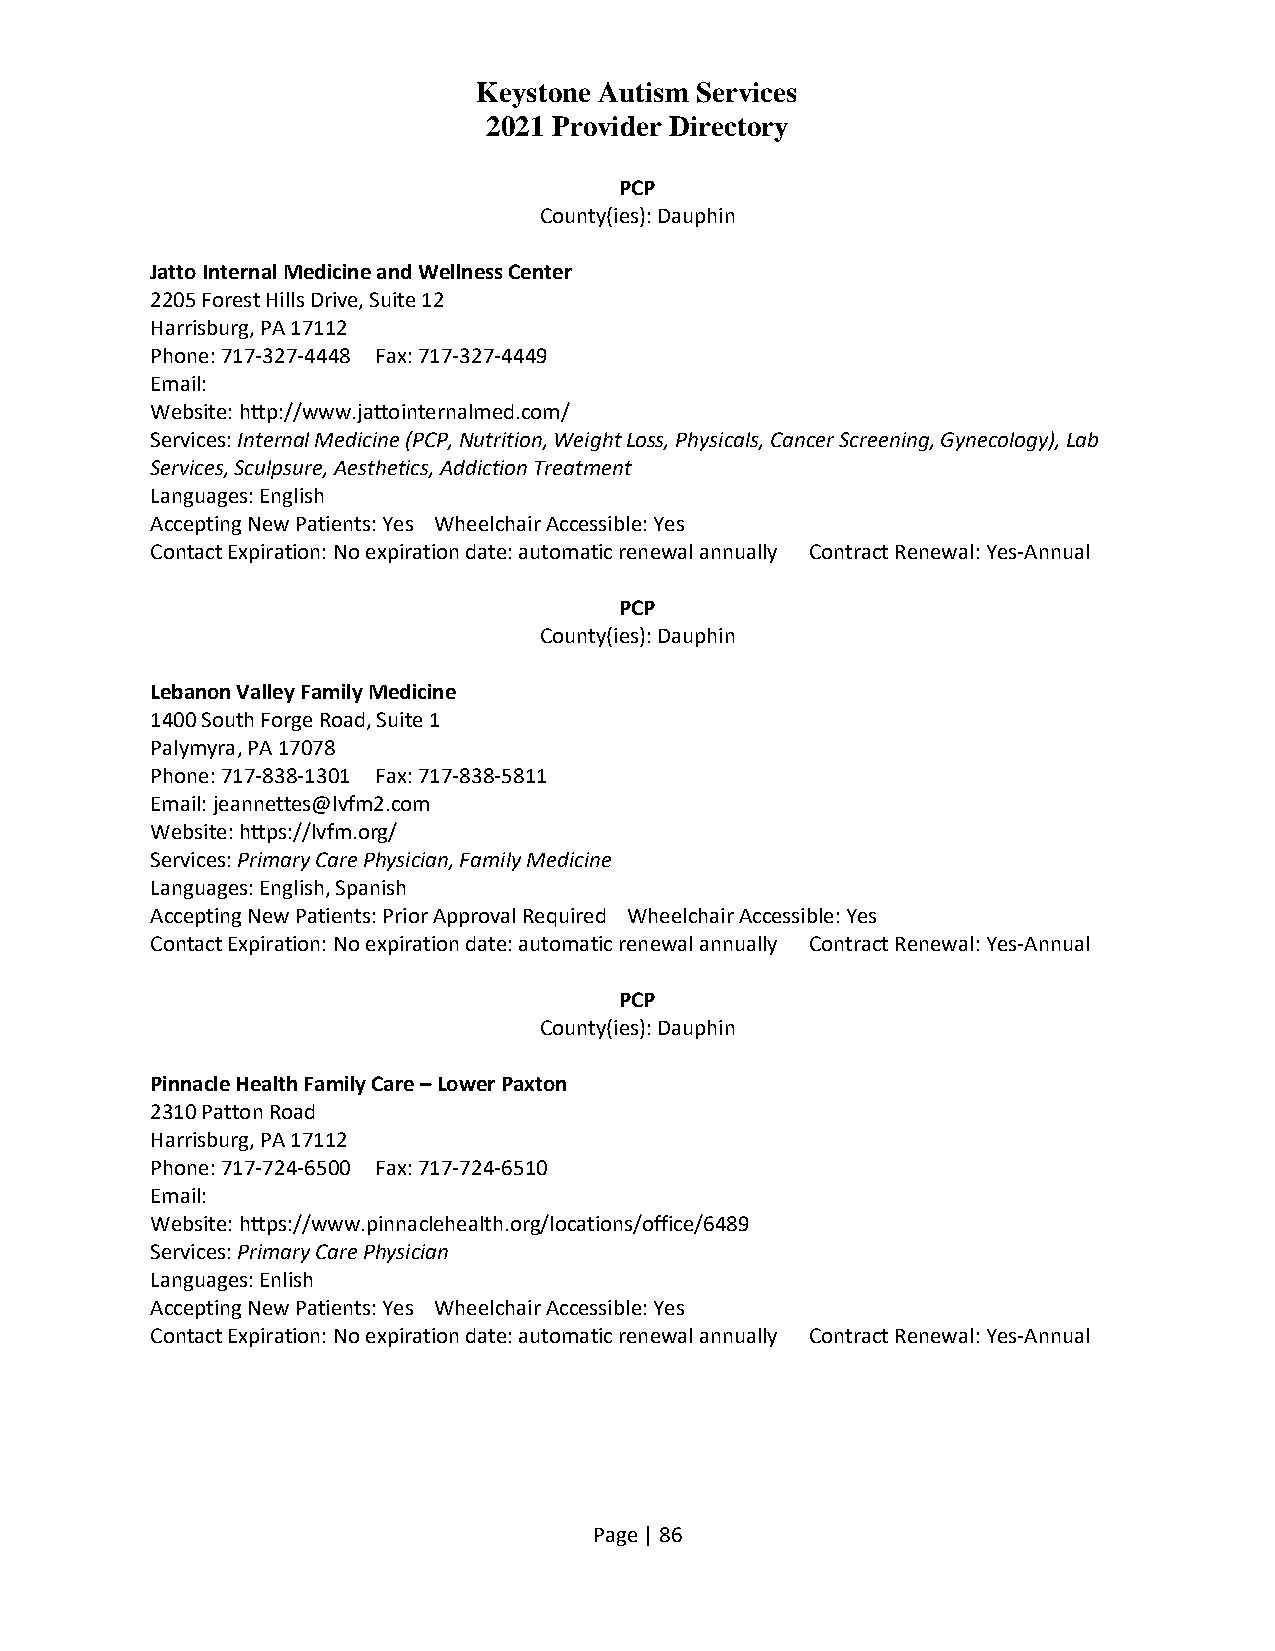
Keystone Autism Services
 2021 Provider Directory
 PCP
 County(ies): Dauphin
 Jatto Internal Medicine and Wellness Center
 2205 Forest Hills Drive, Suite 12
 Harrisburg, PA 17112
 Phone: 717-327-4448 Fax: 717-327-4449
 Email:
 Website: http://www.jattointernalmed.com/
 Services: Internal Medicine (PCP, Nutrition, Weight Loss, Physicals, Cancer Screening, Gynecology), Lab
 Services, Sculpsure, Aesthetics, Addiction Treatment
 Languages: English
 Accepting New Patients: Yes Wheelchair Accessible: Yes
 Contact Expiration: No expiration date: automatic renewal annually Contract Renewal: Yes-Annual
 PCP
 County(ies): Dauphin
 Lebanon Valley Family Medicine
 1400 South Forge Road, Suite 1
 Palymyra, PA 17078
 Phone: 717-838-1301 Fax: 717-838-5811
 Email: jeannettes@lvfm2.com
 Website: https://lvfm.org/
 Services: Primary Care Physician, Family Medicine
 Languages: English, Spanish
 Accepting New Patients: Prior Approval Required Wheelchair Accessible: Yes
 Contact Expiration: No expiration date: automatic renewal annually Contract Renewal: Yes-Annual
 PCP
 County(ies): Dauphin
 Pinnacle Health Family Care – Lower Paxton
 2310 Patton Road
 Harrisburg, PA 17112
 Phone: 717-724-6500 Fax: 717-724-6510
 Email:
 Website: https://www.pinnaclehealth.org/locations/office/6489
 Services: Primary Care Physician
 Languages: Enlish
 Accepting New Patients: Yes Wheelchair Accessible: Yes
 Contact Expiration: No expiration date: automatic renewal annually Contract Renewal: Yes-Annual
 Page | 86